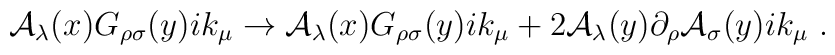
{\cal A}_\lambda(x) G_{\rho\sigma}(y)ik_\mu\rightarrow {\cal A}_\lambda(x) G_{\rho\sigma}(y)ik_\mu+2{\cal A}_\lambda(y)\partial_\rho{\cal A}_\sigma (y) i k_\mu\ .